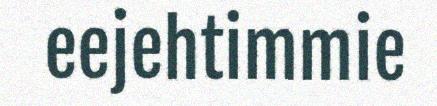
eejehtimmie